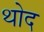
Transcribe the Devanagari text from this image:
थोद